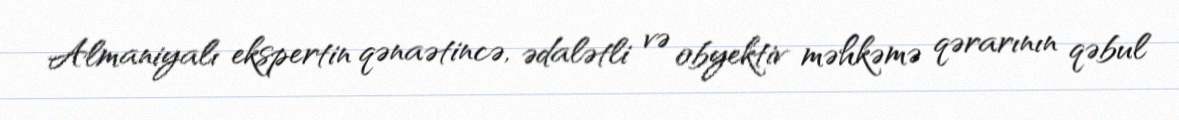
Almaniyalı ekspertin qənaətincə, ədalətli və obyektiv məhkəmə qərarının qəbul